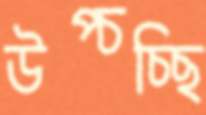
উপ্‌চচ্ছি